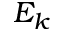
E _ { k }